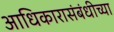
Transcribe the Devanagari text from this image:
आधिकारासंबंधीच्या